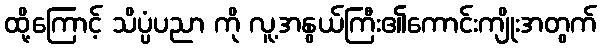
ထို့ကြောင့် သိပ္ပံပညာ ကို လူ့အနွယ်ကြီး၏ကောင်းကျိုးအတွက်